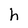
Character: h